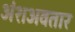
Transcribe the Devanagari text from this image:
अंशअवतार